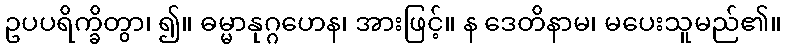
ဥပပရိက္ခိတွာ၊ ၍။ ဓမ္မာနုဂ္ဂဟေန၊ အားဖြင့်။ န ဒေတိနာမ၊ မပေးသူမည်၏။